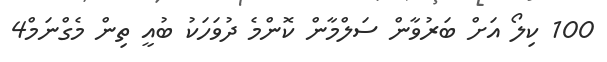
100 ކިލޯ އަށް ބަރުވާން ސަލްމާން ކޮންމެ ދުވަހަކު ބުއީ ތިން މެގްނަމް4